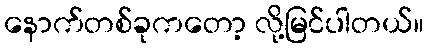
နောက်တစ်ခုကတော့ လို့မြင်ပါတယ်။